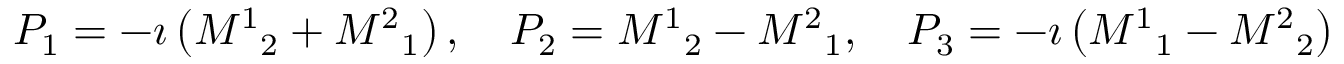
P _ { 1 } = - \imath \left( { M ^ { 1 } } _ { 2 } + { M ^ { 2 } } _ { 1 } \right) , \quad P _ { 2 } = { M ^ { 1 } } _ { 2 } - { M ^ { 2 } } _ { 1 } , \quad P _ { 3 } = - \imath \left( { M ^ { 1 } } _ { 1 } - { M ^ { 2 } } _ { 2 } \right)